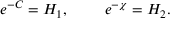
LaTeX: e ^ { - C } = H _ { 1 } , ~ ~ ~ ~ ~ ~ ~ e ^ { - \chi } = H _ { 2 } .